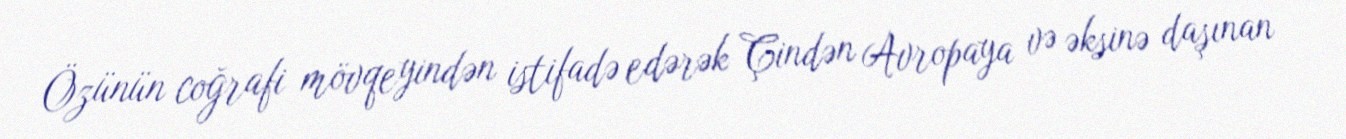
Özünün coğrafi mövqeyindən istifadə edərək Çindən Avropaya və əksinə daşınan